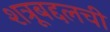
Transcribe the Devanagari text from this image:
शत्रूबद्दलची